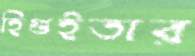
হিগুইতার